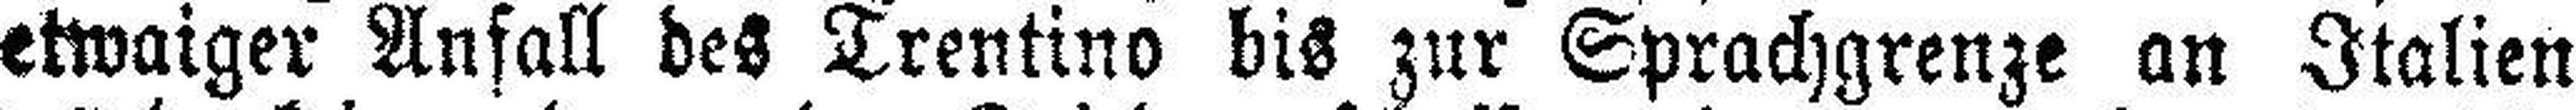
etwaiger Anfall des Trentino bis zur Sprachgrenze an Italien